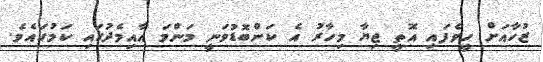
ޒުހާއަށް ހީވެފައި އޮތީ ޖިޔާ މިހާރު އެ ކަންބޮޑުވަނީ މަންމަ އާއިމެދުގައި ކަމުގައެވެ.